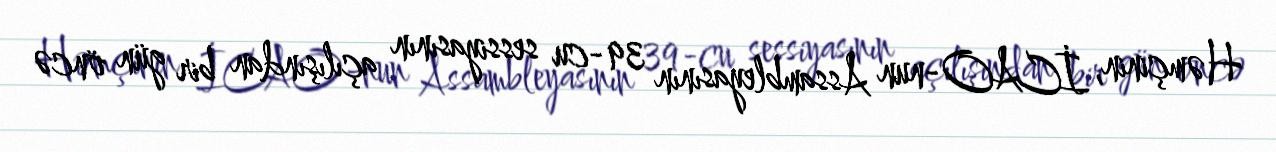
Həmçinin, İCAO-nun Assambleyasının 39-cu sessiyasının açılışından bir gün öncə